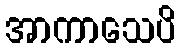
အာကာသေပိ